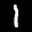
Label: 1